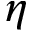
\eta